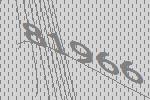
81966